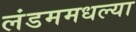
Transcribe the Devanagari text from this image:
लंडममधल्या